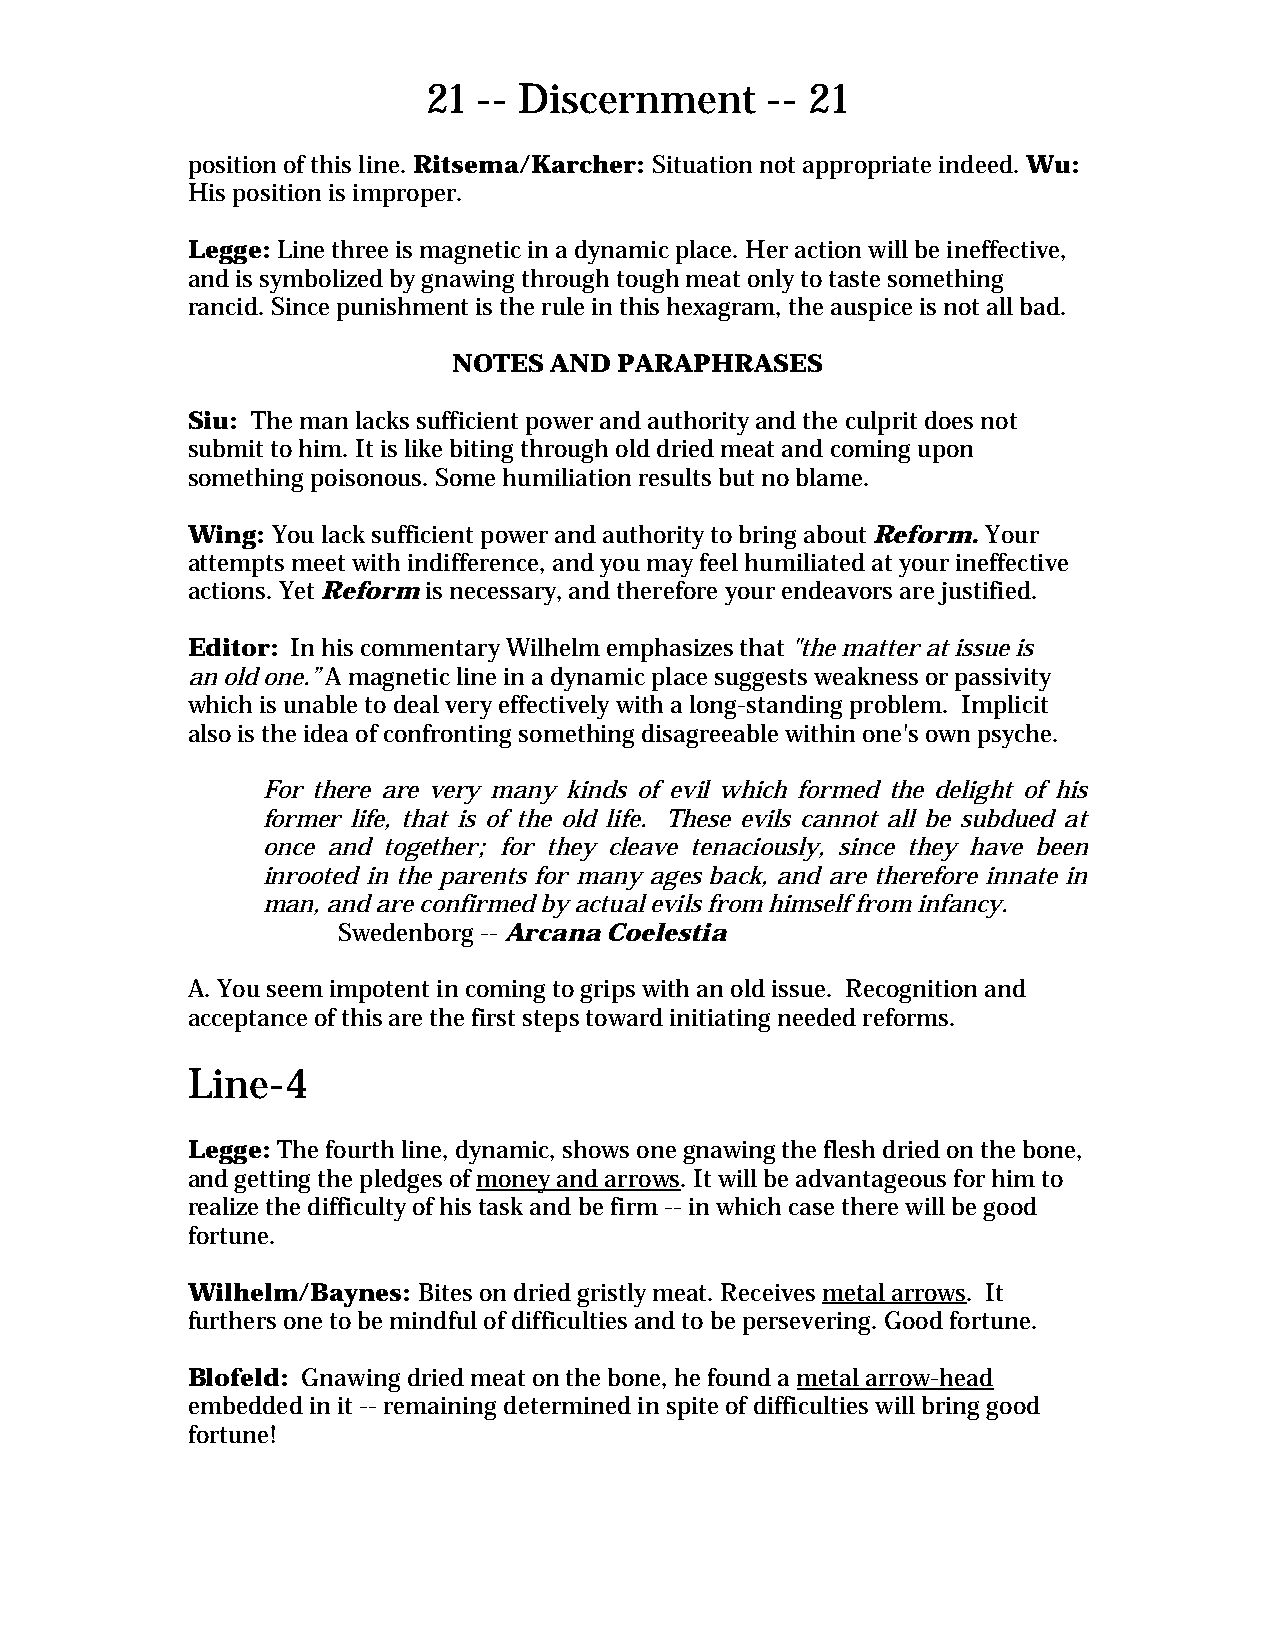
21  -- Discernment     -- 21
 position of this line. Ritsema/Karcher: Situation not appropriate indeed. Wu:
 His position is improper.
 Legge: Line three is magnetic in a dynamic place. Her action will be ineffective,
 and is symbolized by gnawing through tough meat only to taste something
 rancid. Since punishment is the rule in this hexagram, the auspice is not all bad.
 NOTES AND  PARAPHRASES
 Siu: The man lacks sufficient power and authority and the culprit does not
 submit to him. It is like biting through old dried meat and coming upon
 something poisonous. Some humiliation results but no blame.
 Wing: You lack sufficient power and authority to bring about Reform. Your
 attempts meet with indifference, and you may feel humiliated at your ineffective
 actions. Yet Reform is necessary, and therefore your endeavors are justified.
 Editor: In his commentary Wilhelm emphasizes that "the matter at issue is
 an old one.” A magnetic line in a dynamic place suggests weakness or passivity
 which is unable to deal very effectively with a long-standing problem. Implicit
 also is the idea of confronting something disagreeable within one's own psyche.
 For there are very many kinds of evil which formed the delight of his
 former life, that is of the old life. These evils cannot all be subdued at
 once and together; for they cleave tenaciously, since they have been
 inrooted in the parents for many ages back, and are therefore innate in
 man, and are confirmed by actual evils from himself from infancy.
 Swedenborg -- Arcana Coelestia
 A. You seem impotent in coming to grips with an old issue. Recognition and
 acceptance of this are the first steps toward initiating needed reforms.
 Line-4
 Legge: The fourth line, dynamic, shows one gnawing the flesh dried on the bone,
 and getting the pledges of money and arrows. It will be advantageous for him to
 realize the difficulty of his task and be firm -- in which case there will be good
 fortune.
 Wilhelm/Baynes: Bites on dried gristly meat. Receives metal arrows. It
 furthers one to be mindful of difficulties and to be persevering. Good fortune.
 Blofeld: Gnawing dried meat on the bone, he found a metal arrow-head
 embedded in it -- remaining determined in spite of difficulties will bring good
 fortune!